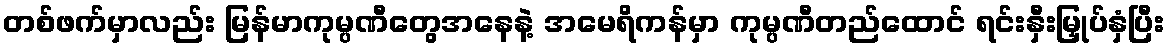
တစ်ဖက်မှာလည်း မြန်မာကုမ္ပဏီတွေအနေနဲ့ အမေရိကန်မှာ ကုမ္ပဏီတည်ထောင် ရင်းနှီးမြှုပ်နှံပြီး